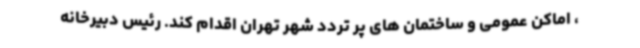
، اماکن عمومی و ساختمان های پر تردد شهر تهران اقدام کند. رئیس دبیرخانه